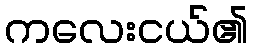
ကလေးငယ်၏